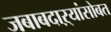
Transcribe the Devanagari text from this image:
जबाबदाऱ्यांसोबत